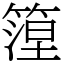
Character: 篞